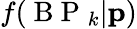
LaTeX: f(\mathrm{~B~P~}_{k}|\mathbf{p})